Report on vaccination in Madras 1895-1903 - 1895-1903
Year: 1895
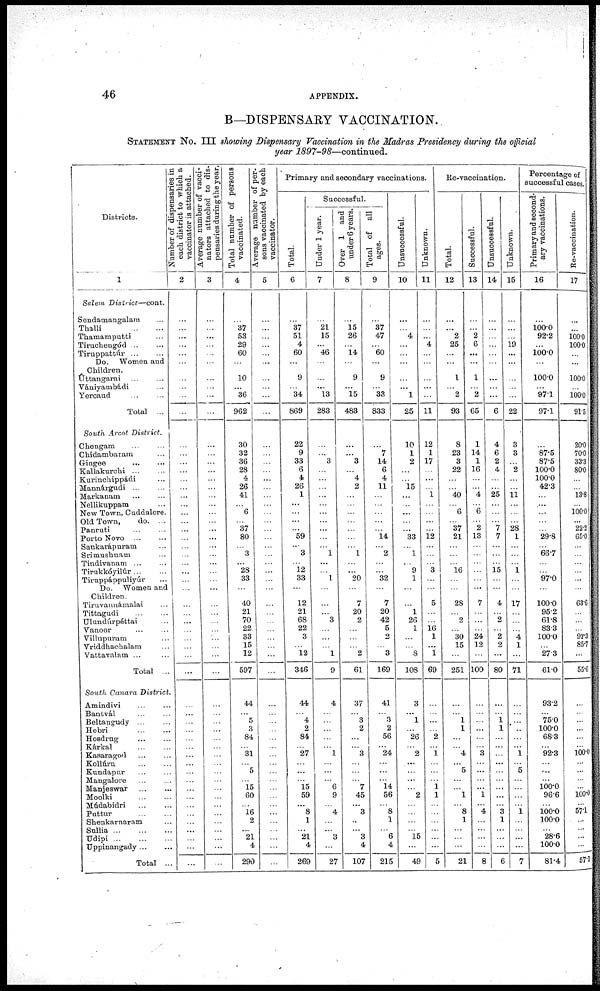
46
APPENDIX.
B—DISPENSARY VACCINATION.
STATEMENT No. III showing Dispensary Vaccination in the Madras Presidency during the official
year 1897-98—continued.
Districts.
1
Salem District—cont.
Sendamangalam ...
Thalli
...
...
Thamamputti ...
Tiruchengód ... ...
Tiruppattúr ... ...
Do. Women and
Children.
Uttangarai ... ...
Vániyambádi ...
Yercaud ... ...
Total ...
South Arcot District.
Chengam ... ...
Chidambaram ...
Gingee ... ...
Kallakurchi ... ...
Kurinchippádi ...
Mannárgudi ... ...
Markanam ... ...
Nellikuppam ...
New Town, Cuddalore.
Old Town,
do. ...
Panruti ... ...
Porto Novo
...
...
Sankarápuram ...
Srimushnam ...
Tindivanam ... ...
Tirukkóyilúr ... ...
Tiruppáppuliyúr ...
Do. Women and
Children.
Tiruvannámalai ...
Tittagudi ... ...
Ulundúrpéttai ...
Vanoor ... ...
Villupuram ...
Vriddhachalam ...
Vattavalam ... ...
Total ...
South Canara District.
Amindivi ... ...
Bantvál ... ...
Beltangudy ... ...
Hebri
... ...
Hosdrug
... ...
Kárkal
...
...
Kasaragod
...
...
Kollúru
... ...
Kundapur ... ...
Mangalore ... ...
Manjeswar
...
...
Moolki ... ...
Múdabidri ... ...
Puttur
...
...
Shenkamaram ...
Sullia
...
...
...
Udipi
...
...
...
Uppinangady ... ...
Total ...
Number of dispensaries in
each district to which a
vaccinator is attached.
2
...
...
...
...
...
...
...
...
...
...
...
...
...
...
...
...
...
...
...
...
...
...
...
...
...
...
...
...
...
...
...
...
...
...
...
...
...
...
...
...
...
...
...
...
...
...
...
...
...
...
...
...
...
...
...
Average number of vacci-
nators attached to dis-
pensaries during the year.
3
...
...
...
...
...
...
...
...
...
...
...
...
...
...
...
...
...
...
...
...
...
...
...
...
...
...
...
...
...
...
...
...
...
...
...
...
...
...
...
...
...
...
...
...
...
...
...
...
...
...
...
...
...
...
...
Total number of persons
vaccinated.
4
...
37
53
29
60
...
10
...
36
962
30
32
36
28
4
26
41
...
6
...
37
80
...
3
...
28
33
...
40
21
70
22
33
15
12
597
44
...
5
3
84
... 31
...
5
... 15
60
...
16
2
...
21
4
290
Average number of per-
sons vaccinated by each
vaccinator.
5
...
...
...
...
...
...
...
...
...
...
...
...
...
...
...
...
...
...
...
...
...
...
...
...
...
...
...
...
...
...
...
...
...
...
...
...
...
...
...
...
...
...
...
...
...
...
...
...
...
...
...
...
...
...
...
Primary and secondary vaccinations.
Successful.
Total.
6
...
37
51
4
60
...
9
...
34
869
22
9
33
6
4
26
1
...
...
...
...
59
...
3
...
12
33
...
12
21
68
22
3
...
12
346
44
...
4
2
84
... 27
...
...
... 15
59
...
8
1
... 21
4
269
Under 1 year.
7
...
21
15
...
46
...
...
...
13
283
...
...
3
...
...
...
...
...
...
...
...
...
...
1
...
...
1
...
...
...
3
...
...
...
1
9
4
...
...
...
...
... 1
...
...
... 6
9
...
4
...
... 3
...
27
Over 1 and
under 6 years.
8
...
15
26
...
14
...
9
...
15
483
...
...
3
...
4
2
...
...
...
...
...
...
...
1
...
...
20
...
7
20
2
...
...
...
2
61
37
...
3
2
...
... 3
...
...
...
7 45
...
3
...
... 3
4
107
Total of all
ages.
9
...
37
47
...
60
...
9
...
33
833
...
7
14
6
4
11
...
...
...
...
...
14
...
2
...
...
32
...
7
20
42
5
2
...
3
169
41
...
3
2
56
... 24
...
...
... 14
56
...
8
1
... 6
4
215
Unsuccessful.
10
...
...
4
...
...
...
...
...
1
25
10
1
2
...
...
15
...
...
...
...
...
33
...
1
...
9
1
...
...
1
26
1
...
...
8
108
3
...
1
... 26
... 2
...
...
...
...
2
...
...
...
... 15
...
49
Unknown.
11
...
...
...
4
...
...
...
...
...
11
12
1
17
...
...
...
1
...
...
...
...
12
...
...
...
3
...
...
5
...
...
16
1
...
1
69
...
...
...
... 2
...
1
...
...
...
1
1
...
...
...
...
...
...
5
Re-vaccination.
Total.
12
...
... 2
25
...
...
1
...
2
93
8
23
3
22
...
...
40
...
6
...
37
21
...
...
...
16
...
...
28
...
2
...
30
15
...
251
...
...
1
1
...
... 4
...
5
...
...
1
...
8
1
...
...
...
21
Successful.
13
...
...
2
6
...
...
1
...
2
65
1
14
1
16
...
...
4
...
6
...
2
13
...
...
...
...
...
...
7
...
...
...
24
12
...
100
...
...
...
...
...
... 3
...
...
...
...
1
...
4
...
...
...
...
8
Unsuccessful.
14
...
...
...
...
...
...
...
...
...
6
4
6
2
4
...
...
25
...
...
...
7
7
...
...
...
15
...
...
4
...
2
...
2
2
...
80
...
...
1 1
...
...
...
...
...
...
...
...
...
3
1
...
...
...
6
Unknown.
15
...
...
...
19
...
...
...
...
...
22
3
3
...
2
...
...
11
...
...
...
28
1
...
...
...
1
...
...
17
...
...
...
4
1
...
71
...
...
...
...
...
...
1
...
5
...
...
...
...
1
...
...
...
...
7
Percentage of
successful cases.
Primary and second-
ary vaccinations.
16
...
100.0
92.2
...
100.0
...
100.0
...
97.1
97.1
...
87.5
87.5
100.0
100.0
42.3
...
...
...
...
...
29.8
...
66.7
...
...
97.0
...
100.0
95.2
61.8
83.3
100.0
...
27.3
61.0
93.2
...
75.0
100.0
68.3
... 92.3
...
...
... 100.0
96.6
...
100.0 100.0
... 28.6
100.0
81.4
Re-vaccination.
17
...
...
100.0
100.0
...
...
100.0
...
100.0
91.5
20.0
70.0
33.3
80.0
...
...
13.8
...
100.0
... 22.2
65.0
...
...
...
...
...
...
63.6
...
...
...
92.3
85.7
...
55.6
...
...
...
...
...
...
100.0
...
...
...
...
100.0
...
57.1
...
...
...
...
57.1